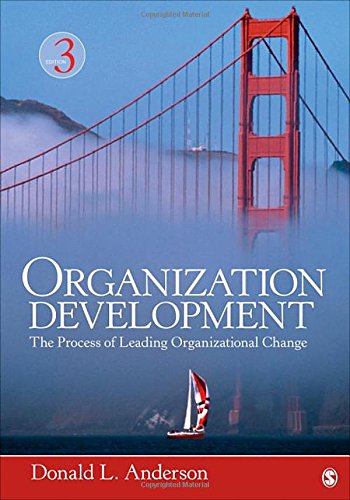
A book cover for Organization Development: The Process of Leading Organizational Change; Donald L. Anderson; Business & Money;